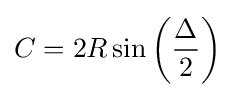
C=2R\sin \left({\frac {\Delta }{2}}\right)